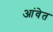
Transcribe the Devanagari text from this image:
आंवेत